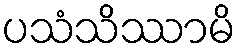
ပသံသိဿာမိ